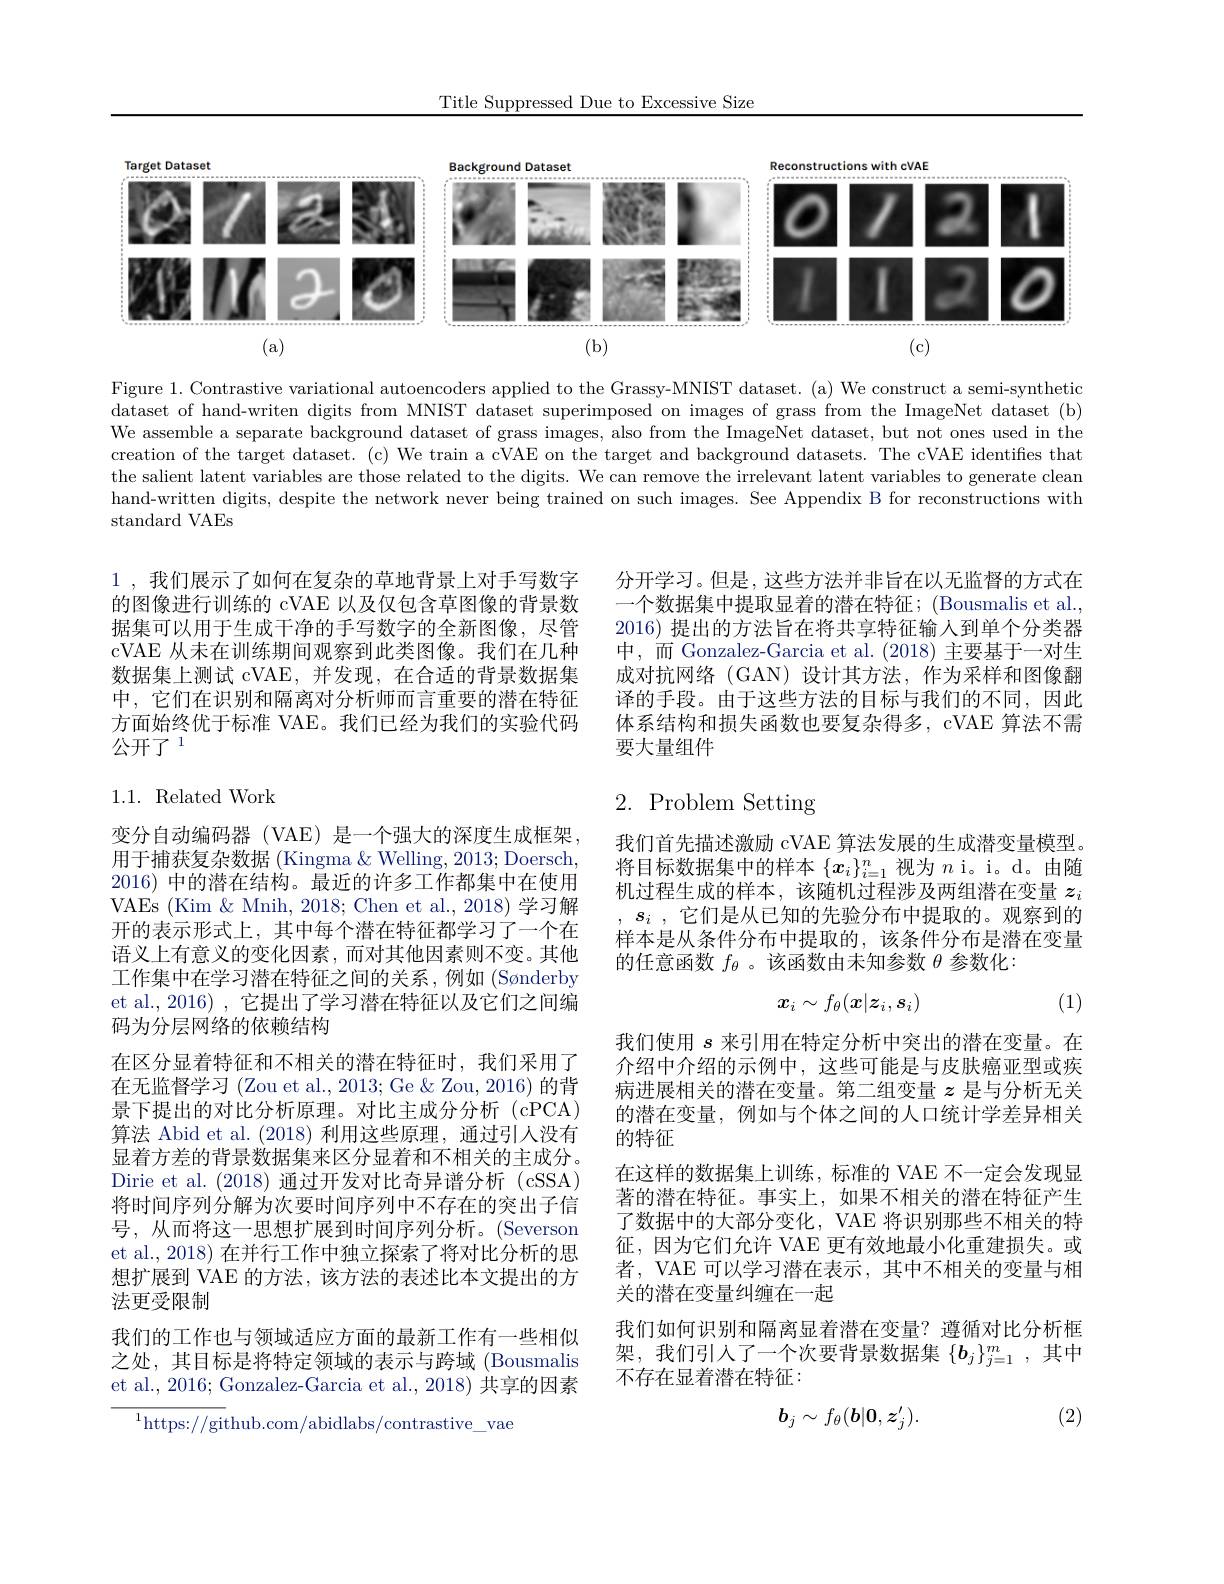
Title Suppressed Due to Excessive Size

<FigureHere>
(a)
(b)
(c)

Figure 1. Contrastive variational autoencoders applied to the Grassy-MNIST dataset. (a) We construct a semi-synthetic $\bar{\text{dataset of hand-writen digits from MNIST dataset superimposed on images of grass from the ImageNet dataset (b)}}$ We assemble a separate background dataset of grass images, also from the ImageNet dataset, but not ones used in the creation of the target dataset. (c) We train a cVAE on the target and background datasets. The cVAE identifies that the salient latent variables are those related to the digits. We can remove the irrelevant latent variables to generate clean hand-written digits, despite the network never being trained on such images. See Appendix B for reconstructions with standard VAEs

分开学习。但是，这些方法并非旨在以无监督的方式在一个数据集中提取显着的潜在特征；(Bousmalis et al., 2016) 提出的方法旨在将共享特征输人到单个分类器中，而 Gonzalez-Garcia et al. (2018)主要基于一对生成对抗网络(GAN)设计其方法，作为采样和图像翻译的手段。由于这些方法的目标与我们的不同，因此体系结构和损失函数也要复杂得多，cVAE 算法不需要大量组件

1 , 我们展示了如何在复杂的草地背景上对手写数字的图像进行训练的 cVAE 以及仅包含草图像的背景数据集可以用于生成干净的手写数字的全新图像，尽管cVAE 从未在训练期间观察到此类图像。我们在几种数据集上测试 cVAE,并发现，在合适的背景数据集中，它们在识别和隔离对分析师而言重要的潜在特征方面始终优于标准 VAE。我们已经为我们的实验代码公开了 1

## 1.1.Related Work

# $2.{\mathrm{Problem~Setting}}$

我们首先描述激励 cVAE 算法发展的生成潜变量模型。将目标数据集中的样本$\{x_i\}_{i=1}^n$视为$n$ i。i。d。由随机过程生成的样本，该随机过程涉及两组潜在变量$z_i$ , $s_i$ , 它们是从已知的先验分布中提取的。观察到的样本是从条件分布中提取的，该条件分布是潜在变量的任意函数$f_{\theta}$ 。该函数由未知参数$\theta$参数化：

(1)
$$x_i\sim f_\theta(x|z_i,s_i)$$
变分自动编码器 (VAE) 是一个强大的深度生成框架， 用于捕获复杂数据 (Kingma & Welling, 2013; Doersch, 2016)中的潜在结构。最近的许多工作都集中在使用VAEs (Kim &Mnih, 2018; Chen et al., 2018) 学习解开的表示形式上，其中每个潜在特征都学习了一个在语义上有意义的变化因素，而对其他因素则不变。其他工作集中在学习潜在特征之间的关系，例如(Sønderby et al., 2016) , 它提出了学习潜在特征以及它们之间编码为分层网络的依赖结构
在区分显着特征和不相关的潜在特征时，我们采用了在无监督学习 (Zou et al., 2013; Ge & Zou, 2016) 的背景下提出的对比分析原理。对比主成分分析(cPCA) 算法 Abid et al.(2018)利用这些原理，通过引人没有显着方差的背景数据集来区分显着和不相关的主成分。Dirie et al. (2018)通过开发对比奇异谱分析 (cSSA) 将时间序列分解为次要时间序列中不存在的突出子信号，从而将这一思想扩展到时间序列分析。(Severson et al., 2018) 在并行工作中独立探索了将对比分析的思想扩展到 VAE 的方法，该方法的表述比本文提出的方法更受限制
我们的工作也与领域适应方面的最新工作有一些相似之处，其目标是将特定领域的表示与跨域 (Bousmalis et al., 2016; Gonzalez-Garcia et al., 2018) 共享的因素
$^{1}$https://github.com/abidlabs/contrastive\_vae

我们使用$s$来引用在特定分析中突出的潜在变量。在介绍中介绍的示例中，这些可能是与皮肤癌亚型或疾病进展相关的潜在变量。第二组变量$z$是与分析无关的潜在变量，例如与个体之间的人口统计学差异相关的特征
在这样的数据集上训练，标准的 VAE 不一定会发现显著的潜在特征。事实上，如果不相关的潜在特征产生了数据中的大部分变化，VAE 将识别那些不相关的特征，因为它们允许 VAE 更有效地最小化重建损失。或者，VAE 可以学习潜在表示，其中不相关的变量与相关的潜在变量纠缠在一起
我们如何识别和隔离显着潜在变量？遵循对比分析框架，我们引入了一个次要背景数据集 $\{\boldsymbol b_j\}_j=1^m$,其中不存在显着潜在特征：

(2)
$$b_j\sim f_\theta(b|0,z_j').$$